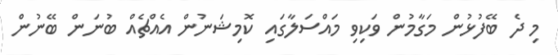
މި ދެ ބޭފުޅުން މަގާމުން ވަކިވި މައްސަލާގައި ކޮމިޝަނުން އެއްޗެއް ބުނަން ބޭނުން